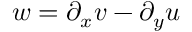
w = \partial _ { x } v - \partial _ { y } u